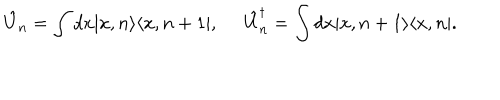
LaTeX: \hat { U } _ { n } = \int d x | x , n \rangle \langle x , n + 1 | , \; \; \hat { U } _ { n } ^ { \dagger } = \int d x | x , n + 1 \rangle \langle x , n | .